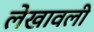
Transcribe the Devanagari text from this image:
लेखावली